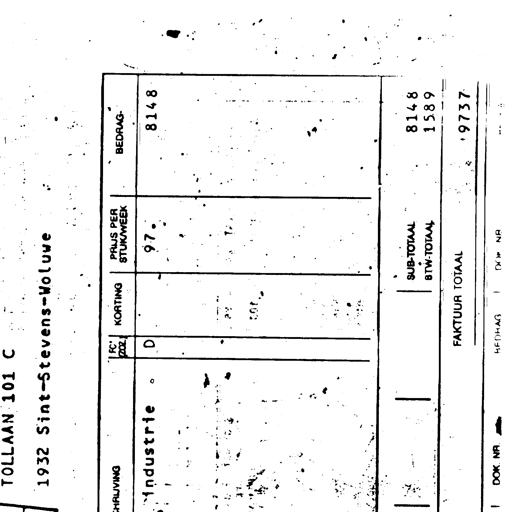
TOLLAAN 101 C
1932 Sint-Stevens-Woluwe
CHRIJVING FC KORTING PRIJS PER STUK/WEEK BEDRAG
Industrie D 97 8148
SUB-TOTAAL 8148
BTW-TOTAAL 1589
FAKTUUR TOTAAL 9737
DOK. NR. BEDRAG DOK NR